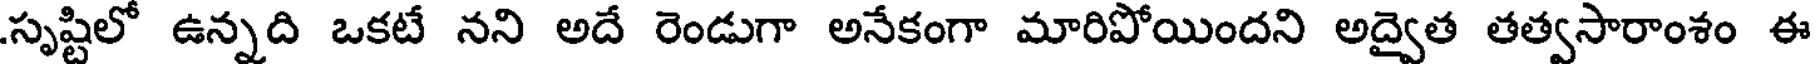
సృష్టిలో ఉన్నది ఒకటే నని అదే రెండుగా అనేకంగా మారిపోయిందని అద్వైత తత్వసారాంశం ఈ